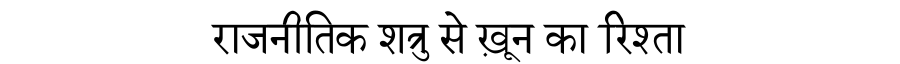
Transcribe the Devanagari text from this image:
राजनीतिक शत्रु से ख़ून का रिश्ता